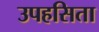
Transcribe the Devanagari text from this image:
उपहसिता